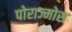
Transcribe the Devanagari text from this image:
पोराज्मोस